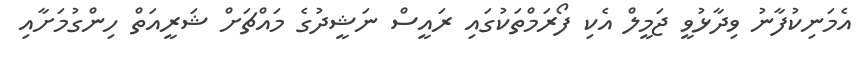
އެމަނިކުފާނު ވިދާޅުވީ ޖަމީލް އެކި ފޯރަމްތަކުގައި ރައީސް ނަޝީދުގެ މައްޗަށް ޝަރީއަތް ހިންގުމަށާއި